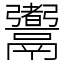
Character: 䰞